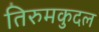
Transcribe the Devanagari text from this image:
तिरुमकुदल